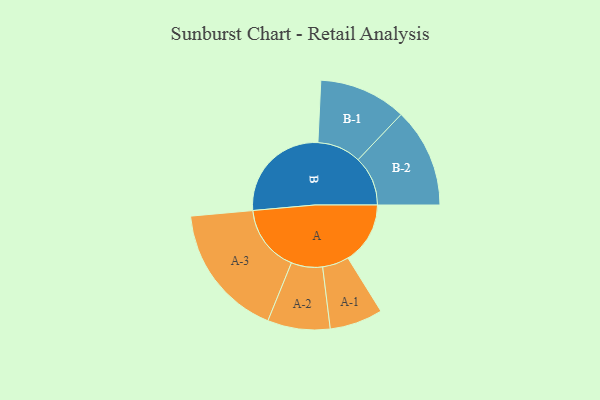
{"axis": {"x": "Segment", "y": "Value"}, "legend": ["", "A", "B"], "data": [{"x": "A", "y": 239, "type": ""}, {"x": "B", "y": 402, "type": ""}, {"x": "A-1", "y": 102, "type": "A"}, {"x": "A-2", "y": 120, "type": "A"}, {"x": "A-3", "y": 258, "type": "A"}, {"x": "B-1", "y": 168, "type": "B"}, {"x": "B-2", "y": 191, "type": "B"}]}